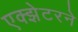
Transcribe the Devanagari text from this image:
एक्झेटरने